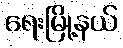
ရေးမြို့နယ်